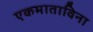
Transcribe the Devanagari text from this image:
एकमाताविना